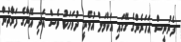
ފެނުނީސް އަހަރެންގެ ގޭގައި އަކްމަލް އުޅެނީ ދުވަހަކު ވެސް އަދި އޭނާގެ ފަރާތުން